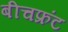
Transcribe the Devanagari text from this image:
बीचफ्रंट